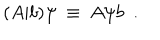
( A \vert b ) \psi \: \equiv \: A \psi b \; \: .